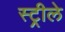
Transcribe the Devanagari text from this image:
स्ट्रीले